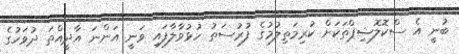
ބުނީ އެ ސްކޮލޮޝިޕްތަކަށް ކުރިމަތިލުމުގެ ފުރުސަތު ހުޅުވާލާފައި ވަނީ އަންނަ އާދީއްތަ ދުވަހުގެ